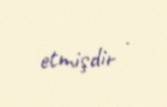
etmişdir .